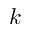
k